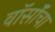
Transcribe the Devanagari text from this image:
वॉर्सॉचा